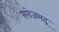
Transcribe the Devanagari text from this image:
सरोजभद्र